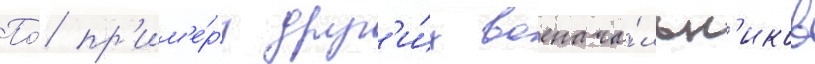
По́ пр'им'е́ру друг'и́х военача́льн'иков